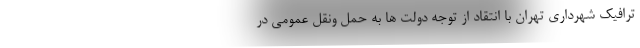
ترافیک شهرداری تهران با انتقاد از توجه دولت ها به حمل ونقل عمومی در